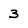
Character: 3